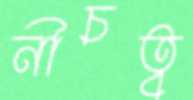
নীচত্ব